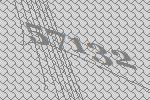
57132